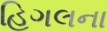
હિગલના